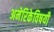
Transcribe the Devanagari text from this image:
अमेरिकेविषयी